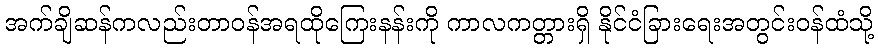
အက်ချိဆန်ကလည်းတာဝန်အရထိုကြေးနန်းကို ကာလကတ္တားရှိ နိုင်ငံခြားရေးအတွင်းဝန်ထံသို့